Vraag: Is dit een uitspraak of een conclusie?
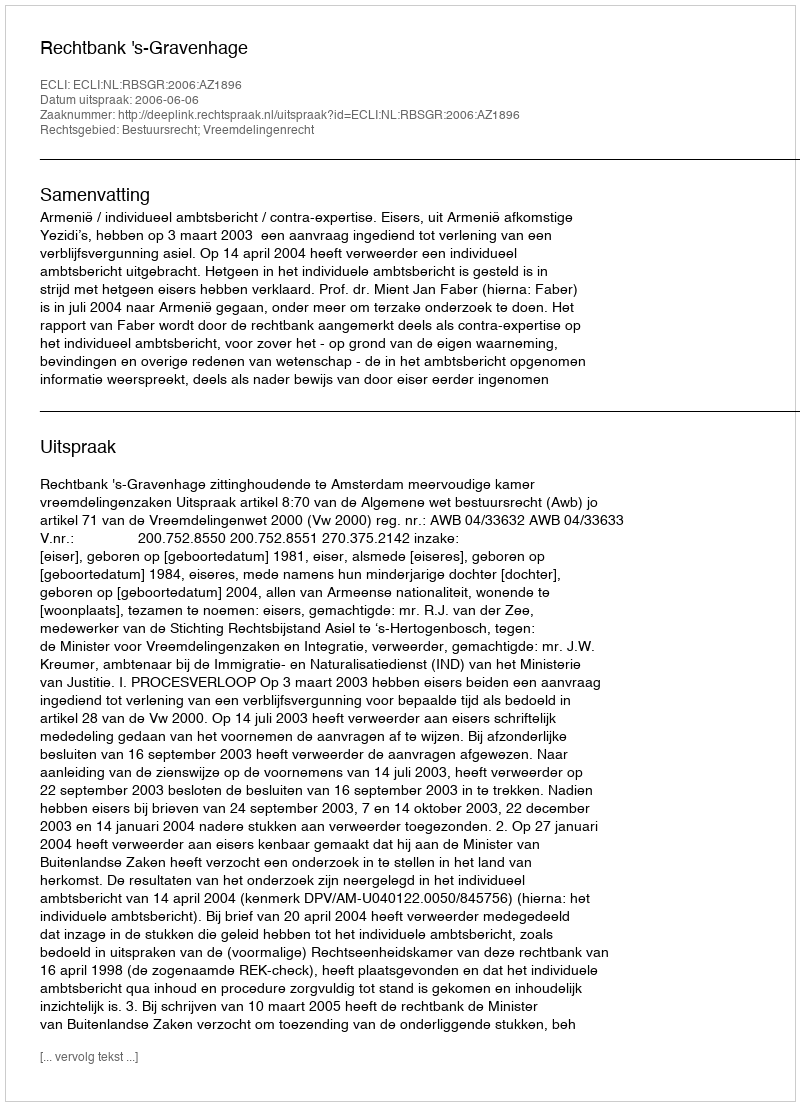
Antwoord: Uitspraak